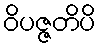
ဝိပဇ္ဇတိပိ